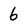
Character: 6